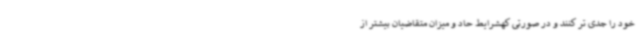
خود را جدی تر کنند و در صورتی کهشرایط حاد و میزان متقاضیان بیشتر از